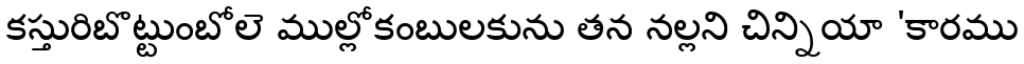
కస్తురిబొట్టుంబోలె ముల్లోకంబులకును తన నల్లని చిన్నియా 'కారము